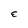
Character: E